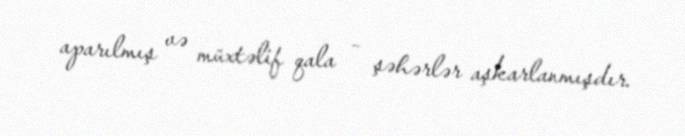
aparılmış və müxtəlif qala – şəhərlər aşkarlanmışdır.